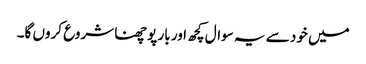
میں خود سے یہ سوال کچھ اور بار پوچھنا شروع کروں گا۔